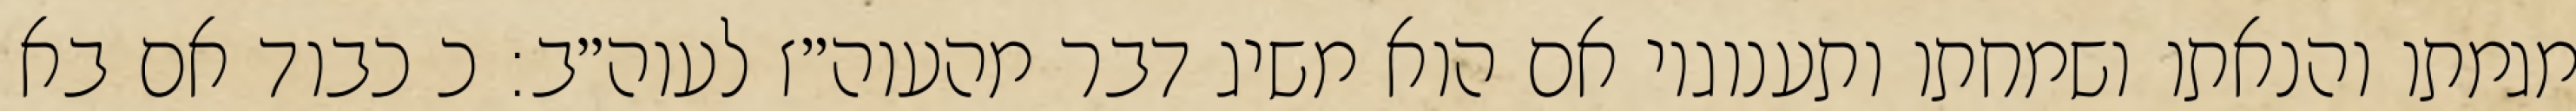
מגמתו והנאתו ושמחתו ותענוגיו אם הוא משיג דבר מהעוה״ז לעוה״ב: כ כבוד אם בא